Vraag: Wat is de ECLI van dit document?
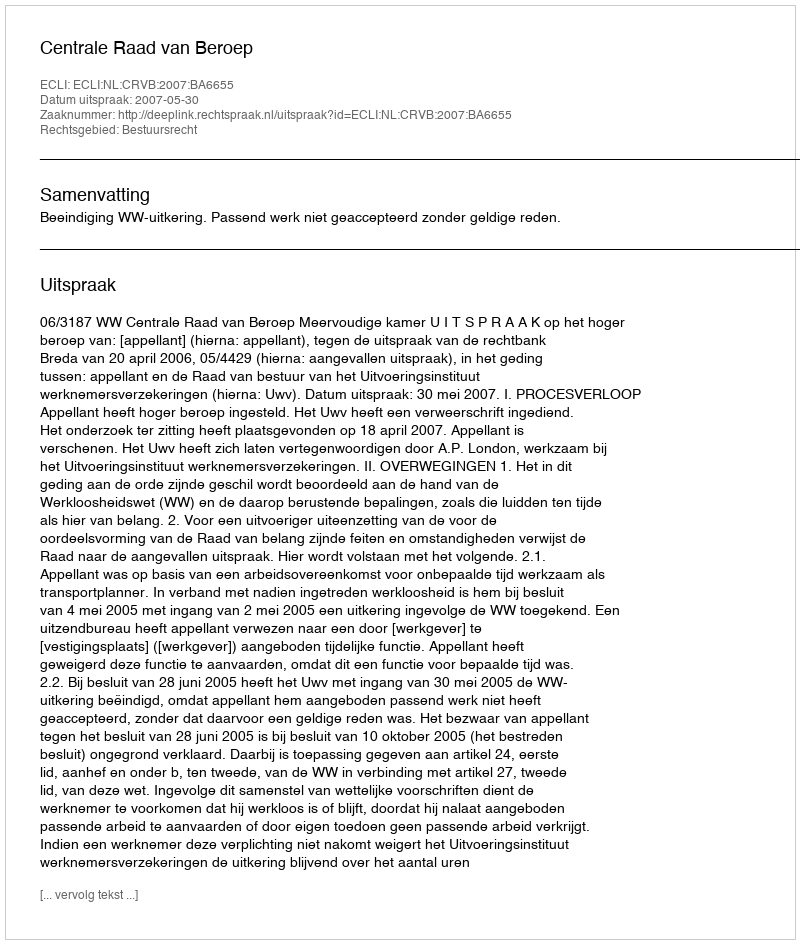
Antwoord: ECLI:NL:CRVB:2007:BA6655